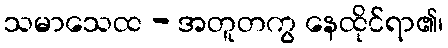
သမာသေထ - အတူတကွ နေထိုင်ရာ၏၊